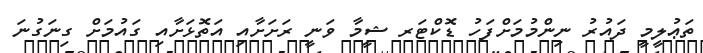
ތަޢުލީމީ ދައުރު ނިންމުމަށްފަހު ޑޮކްޓަރ ޝީމާ ވަނީ ރަށަށާއި އަތޮޅަށާއި ގައުމަށް ގިނަގުނަ